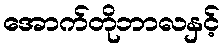
အောက်တိုဘာလနှင့်